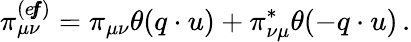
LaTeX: \pi_{\mu\nu}^{(e\! f\! \! f)}=\pi_{\mu\nu}\theta(q\cdot u)+\pi_{\nu\mu}^{\ast}\theta(-q\cdot u)\, .